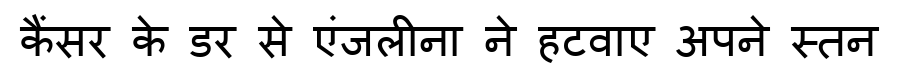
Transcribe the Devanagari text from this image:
कैंसर के डर से एंजलीना ने हटवाए अपने स्तन